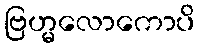
ဗြဟ္မလောကောပိ